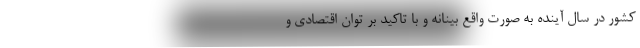
کشور در سال آینده به صورت واقع بینانه و با تاکید بر توان اقتصادی و